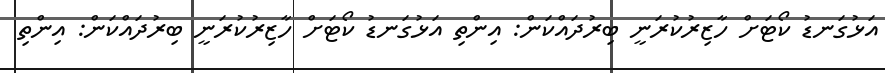
އަޅުގަނޑު ކޯޓަށް ހާޒިރުކުރަނީ ބިރުދައްކަން: އިންތި އަޅުގަނޑު ކޯޓަށް ހާޒިރުކުރަނީ ބިރުދައްކަން: އިންތި